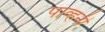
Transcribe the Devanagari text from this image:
पाव्हनी